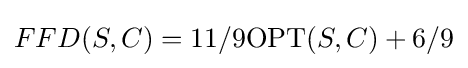
FFD(S,C)=11/9\mathrm {OPT} (S,C)+6/9